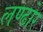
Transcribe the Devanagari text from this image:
लण्ढोर